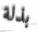
بذلة